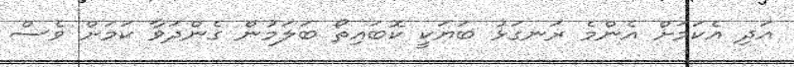
އަދި އެކަމަށް އެންމެ ރަނގަޅު ބަޔަކީ ކޮބައިތޯ ބަލަމުން ގެންދަވާ ކަމަށް ވެސް